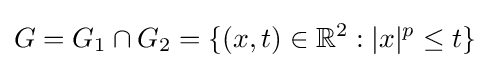
G=G_{1}\cap G_{2}=\{(x,t)\in \mathbb {R} ^{2}:|x|^{p}\leq t\}